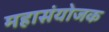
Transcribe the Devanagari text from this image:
महासंयोजक